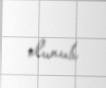
olunub.